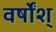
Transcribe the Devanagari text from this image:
वर्षोंश्